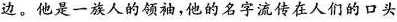
边。他是一族人的领袖，他的名字流传在人们的口头